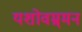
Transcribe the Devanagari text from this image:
यशोवम्र्मन